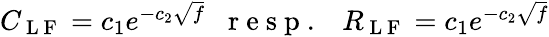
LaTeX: \begin{array}{r}{C_{\mathrm{~L~F~}}=c_{1}e^{-c_{2}\sqrt{f}}\; \; \mathrm{~r~e~s~p~.~}\; \; R_{\mathrm{~L~F~}}=c_{1}e^{-c_{2}\sqrt{f}}}\end{array}